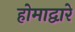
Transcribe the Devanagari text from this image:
होमाद्वारे